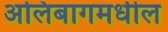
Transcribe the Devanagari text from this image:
अलिबागमधील